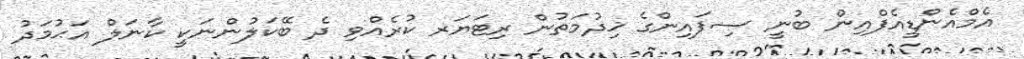
އެމްއެންޑީއެފްއިން ބުނީ ސިފައިންގެ ޚިދުމަތުން ރިޓަޔަރ ކުރެއްވި ދެ ބޭކަލުންނަކީ ކާނަލް އަޙުމަދު